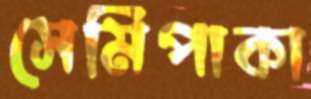
সেমিপাকা